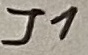
Text: J1